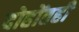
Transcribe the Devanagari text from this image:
दोहोंतही